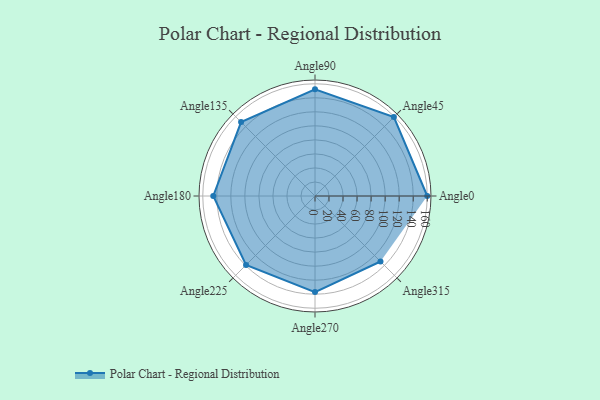
{"axis": {"x": "Angle", "y": "Radius"}, "legend": [""], "data": [{"x": "Angle0", "y": 160.0, "type": ""}, {"x": "Angle45", "y": 159.0, "type": ""}, {"x": "Angle90", "y": 152.0, "type": ""}, {"x": "Angle135", "y": 149.0, "type": ""}, {"x": "Angle180", "y": 145.0, "type": ""}, {"x": "Angle225", "y": 139.0, "type": ""}, {"x": "Angle270", "y": 137.0, "type": ""}, {"x": "Angle315", "y": 132.0, "type": ""}]}